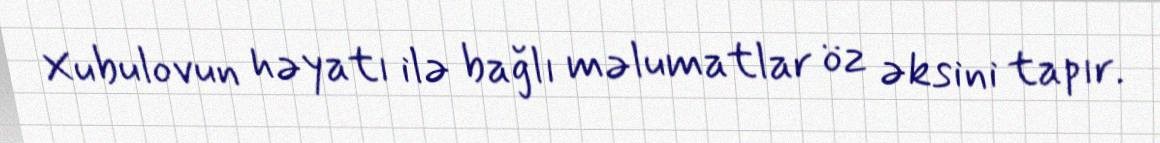
Xubulovun həyatı ilə bağlı məlumatlar öz əksini tapır.